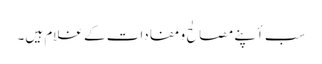
سب أپنے مصالح و مفادات کے غلام ہیں۔